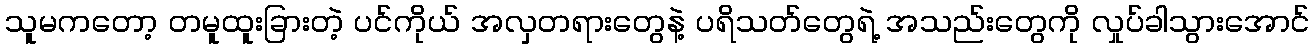
သူမကတော့ တမူထူးခြားတဲ့ ပင်ကိုယ် အလှတရားတွေနဲ့ ပရိသတ်တွေရဲ့ အသည်းတွေကို လှုပ်ခါသွားအောင်